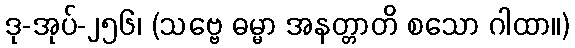
ဒု-အုပ်-၂၅၆၊ (သဗ္ဗေ ဓမ္မာ အနတ္တာတိ စသော ဂါထာ။)